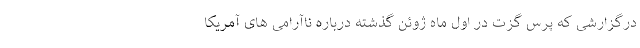
درگزارشی که پرس گزت در اول ماه ژوئن گذشته درباره ناآرامی های آمریکا